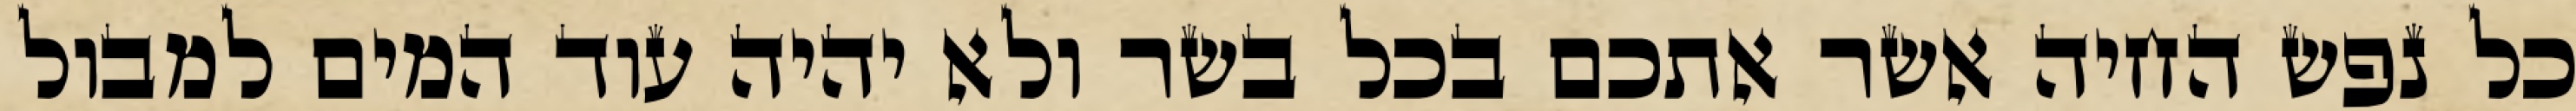
כל נפש החיה אשר אתכם בכל בשר ולא יהיה עוד המים למבול